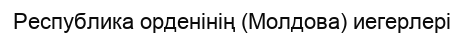
Республика орденінің (Молдова) иегерлері